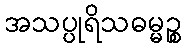
အသပ္ပုရိသဓမ္မဉ္စ